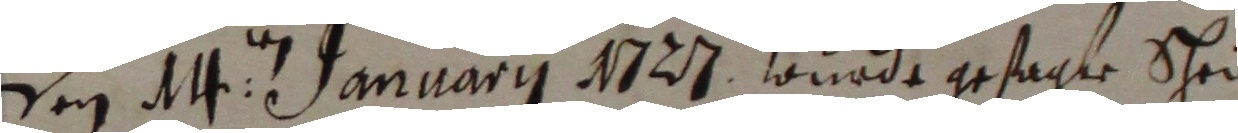
Den 1 januarii 123 sonrde gesagte Schei